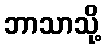
ဘာသာသို့